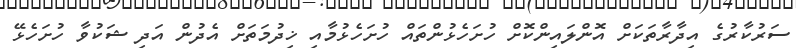
ސަރުކާރުގެ އިދާރާތަކަށް އޮންލައިންކޮށް ހުށަހެޅުންތައް ހުށަހެޅުމާއި ޚިދުމަތަށް އެދުން އަދި ޝަކުވާ ހުށަހެޅޭ